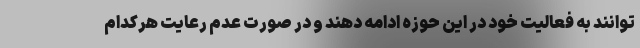
توانند به فعالیت خود در این حوزه ادامه دهند و در صورت عدم رعایت هرکدام